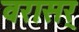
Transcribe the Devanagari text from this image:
वरासर्